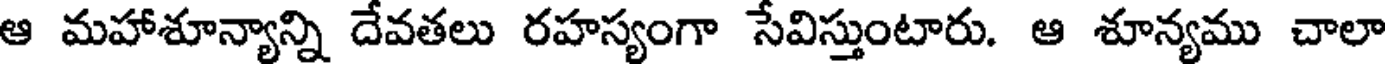
ఆ మహాశూన్యాన్ని దేవతలు రహస్యంగా సేవిస్తుంటారు. ఆ శూన్యము చాలా